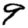
Digit: 9